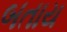
બતાય